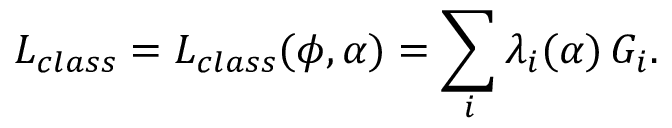
{ \cal L } _ { c l a s s } = { \cal L } _ { c l a s s } ( \phi , \alpha ) = \sum _ { i } \lambda _ { i } ( \alpha ) \, { \cal G } _ { i } .